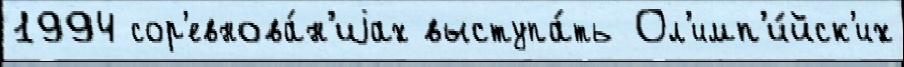
1994 сор'евнова́н'иjах выступа́ть Ол'имп'и́йск'их